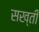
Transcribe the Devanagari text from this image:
सख्‍ती